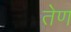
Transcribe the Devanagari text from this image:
तेण